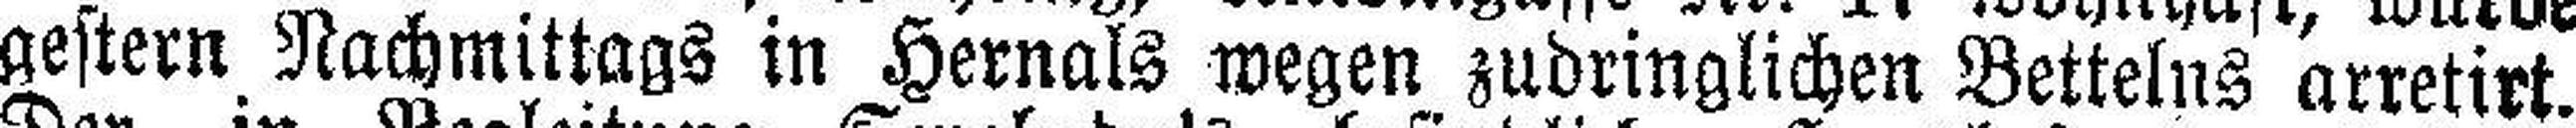
gestern Nachmittags in Hernals wegen zudringlichen Bettelns arretirt.